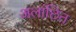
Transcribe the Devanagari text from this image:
अलांछित